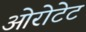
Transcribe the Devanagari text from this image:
ओरोटेट